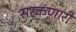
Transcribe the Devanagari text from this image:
सरकणारी